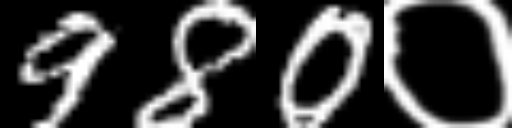
Text: 980०